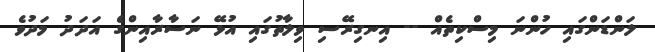
ލަންޑަންގައި ހުންނަ މިސްކިތެއް -- އިނގިރޭސި ވިލާތުގައި އުޅޭ ނަސާރާއިންގެ އަދަދު މަދުވެ